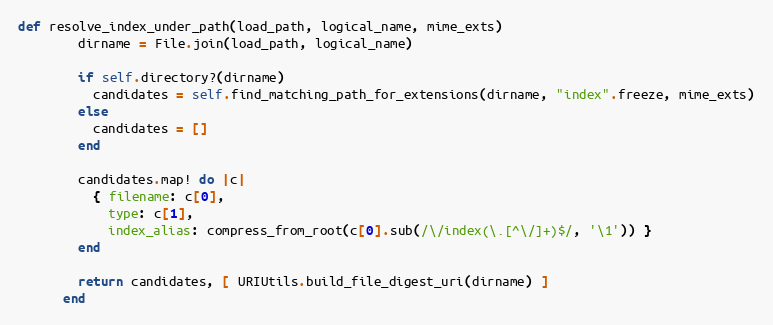
Language: Ruby
def resolve_index_under_path(load_path, logical_name, mime_exts)
        dirname = File.join(load_path, logical_name)

        if self.directory?(dirname)
          candidates = self.find_matching_path_for_extensions(dirname, "index".freeze, mime_exts)
        else
          candidates = []
        end

        candidates.map! do |c|
          { filename: c[0],
            type: c[1],
            index_alias: compress_from_root(c[0].sub(/\/index(\.[^\/]+)$/, '\1')) }
        end

        return candidates, [ URIUtils.build_file_digest_uri(dirname) ]
      end